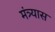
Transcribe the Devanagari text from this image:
मंत्र्यास